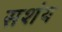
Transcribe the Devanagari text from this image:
सशंय